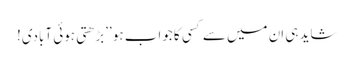
شاید ہی اِن میں سے کسی کا جواب ہو ’’بڑھتی ہوئی آبادی!